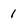
Character: 1